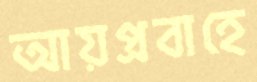
আয়প্রবাহে